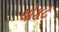
ચોકટ